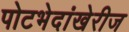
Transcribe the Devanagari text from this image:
पोटभेदांखेरीज